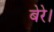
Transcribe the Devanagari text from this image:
बेरे।